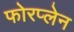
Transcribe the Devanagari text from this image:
फोरप्लेन